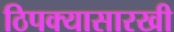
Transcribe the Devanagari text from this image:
ठिपक्यासारखी